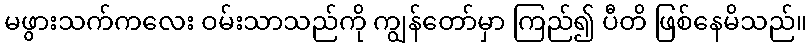
မဖွားသက်ကလေး ဝမ်းသာသည်ကို ကျွန်တော်မှာ ကြည်၍ ပီတိ ဖြစ်နေမိသည်။